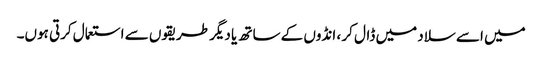
میں اسے سلاد میں ڈال کر ، انڈوں کے ساتھ یا دیگر طریقوں سے استعمال کرتی ہوں۔